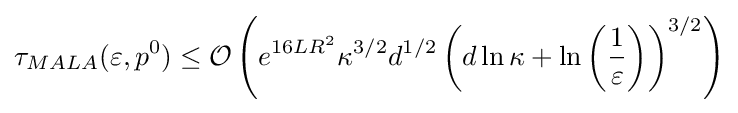
\tau _{MALA}(\varepsilon ,p^{0})\leq {\mathcal {O}}\left(e^{16LR^{2}}\kappa ^{3/2}d^{1/2}\left(d\ln \kappa +\ln \left({\frac {1}{\varepsilon }}\right)\right)^{3/2}\right)